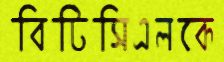
বিটিসিএলকে